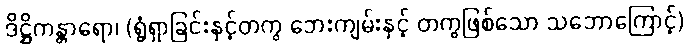
ဒိဋ္ဌိကန္တာရော၊ (ရွံရှာခြင်းနှင့်တကွ ဘေးကျမ်းနှင့် တကွဖြစ်သော သဘောကြောင့်)